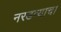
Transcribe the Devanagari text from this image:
नरडव्याचा